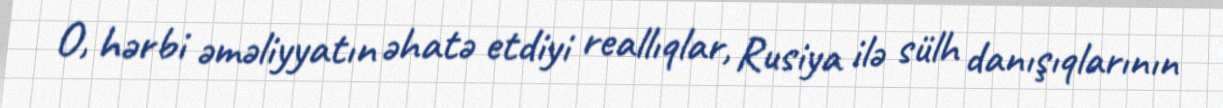
O, hərbi əməliyyatın əhatə etdiyi reallıqlar, Rusiya ilə sülh danışıqlarının